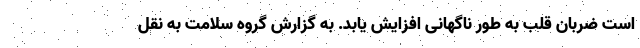
است ضربان قلب به طور ناگهانی افزایش یابد. به گزارش گروه سلامت به نقل